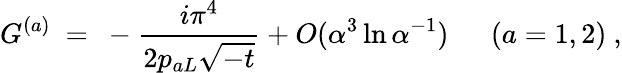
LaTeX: G^{(a)}\ =\ -\frac{i\pi^{4}}{2p_{aL}\sqrt{-t}}+O(\alpha^{3}\ln\alpha^{-1})\ \ \ \ \ \ (a=1,2)\ ,